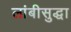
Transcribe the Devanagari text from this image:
लांबीसुद्धा